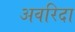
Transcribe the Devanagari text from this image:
अवरिदा